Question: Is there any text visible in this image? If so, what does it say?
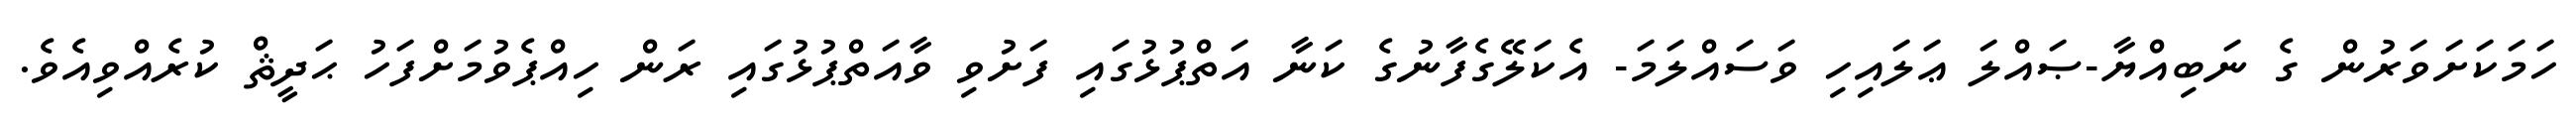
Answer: ހަމަކަށަވަރުން ގެ ނަބިއްޔާ-ޞައްލަ ޢަލައިހި ވަސައްލަމަ- އެކަލޭގެފާނުގެ ކަނާ އަތްޕުޅުގައި ފަށުވި ވާއަތްޕުޅުގައި ރަން ހިއްޕެވުމަށްފަހު ޙަދީޘް ކުރެއްވިއެވެ.